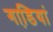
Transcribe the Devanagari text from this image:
गाडि़यां